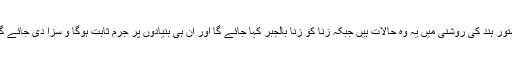
دستور ہند کی روشنی میں یہ وہ حالات ہیں جبکہ زنا کو زنا بالجبر کہا جائے گا اور ان ہی بنیادوں پر جرم ثابت ہوگا و سزا دی جائے گی۔